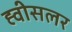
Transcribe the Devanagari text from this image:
ह्वीसलर